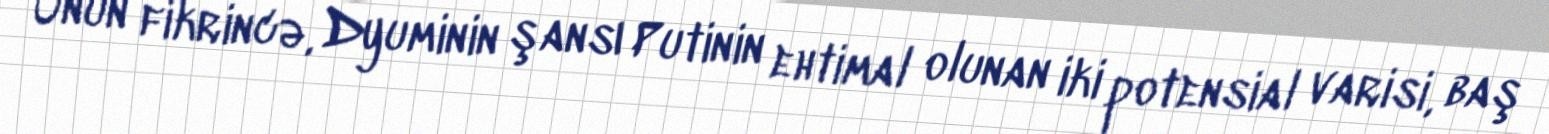
Onun fikrincə, Dyuminin şansı Putinin ehtimal olunan iki potensial varisi, baş